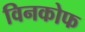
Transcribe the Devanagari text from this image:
विनकोफ